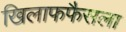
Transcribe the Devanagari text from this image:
खिलाफफैसला